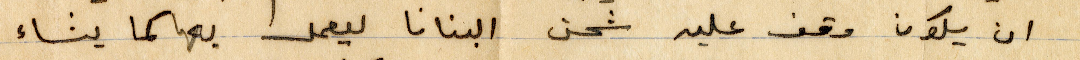
ان يكون وقف علين شحن البنانا ليعمل به كما يشاء